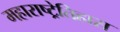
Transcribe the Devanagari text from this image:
महाराष्ट्रेतिहास